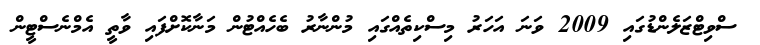
ސްވިޓްޒަލެންޑުގައި 2009 ވަނަ އަހަރު މިސްކިތެއްގައި މުންނާރު ބެހެއްޓުން މަނާކޮށްފައި ވާތީ އެމްނެސްޓީން